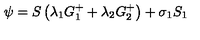
\psi = S \left( \lambda _ { 1 } G _ { 1 } ^ { + } + \lambda _ { 2 } G _ { 2 } ^ { + } \right) + \sigma _ { 1 } S _ { 1 }